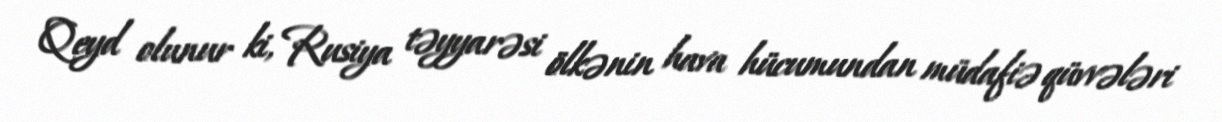
Qeyd olunur ki, Rusiya təyyarəsi ölkənin hava hücumundan müdafiə qüvvələri